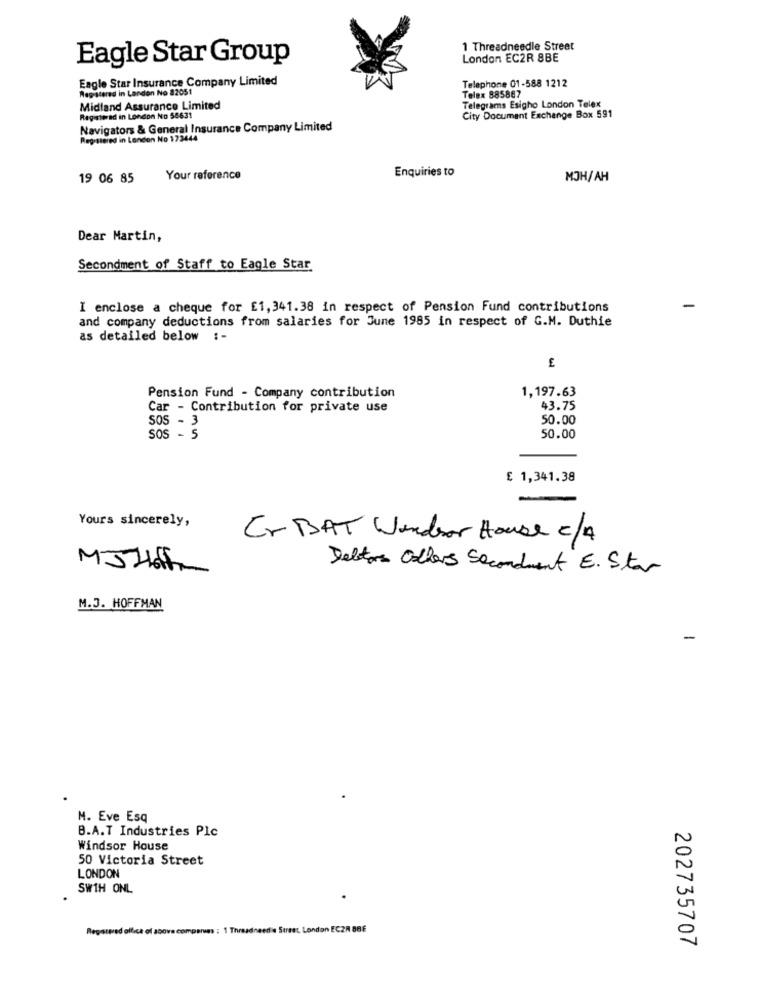
1 Threadneedle Street
Eagle Star Group
London EC2R 8BE
Eagle Star Insurance Company Limited
Registered in London No 82051
Telephone 01-588 1212
Telex 885867
Telegrams Esigho London Telex
Midland Assurance Limited
Registered in London No 58631
City Document Exchange Box 591
Navigators & General Insurance Company Limited
Registered in Lencion No 172444
Enquiries to
19 06 85
Your reference
MOH/AH
Dear Martin,
Secondment of Staff to Eagle Star
I enclose a cheque for £1,341.38 in respect of Pension Fund contributions
-
and company deductions from salaries for June 1985 in respect of G.M. Duthie
as detailed below :-
1,197.63
Pension Fund - Company contribution
Car - Contribution for private use
43.75
sos - 3
50.00
sos - 5
50.00
£ 1,341.38
Yours sincerely,
Cr BAT Windsor House C/4
MJHoff
Debtors Colheres Seconduent E. Star
M.J. HOFFMAN
M. Eve Esq
B.A.T Industries Plc
Windsor House
50 Victoria Street
LONDON
SW1H ONL
Registered office of above compensas : 1 Threadneed a Suset, London EC2R 886
202735707